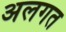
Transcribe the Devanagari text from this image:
अलगत